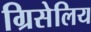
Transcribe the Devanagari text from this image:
ग्रिसेलिय